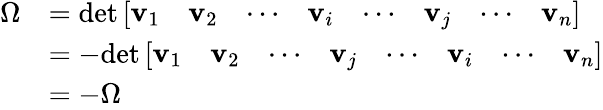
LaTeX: {\begin{array}{rl}{\Omega}&{=\operatorname*{det}{\left[\begin{array}{llllllll}{\mathbf{v}_{1}}&{\mathbf{v}_{2}}&{\cdots}&{\mathbf{v}_{i}}&{\cdots}&{\mathbf{v}_{j}}&{\cdots}&{\mathbf{v}_{n}}\end{array}\right]}}\\ &{=-\! \operatorname*{det}{\left[\begin{array}{llllllll}{\mathbf{v}_{1}}&{\mathbf{v}_{2}}&{\cdots}&{\mathbf{v}_{j}}&{\cdots}&{\mathbf{v}_{i}}&{\cdots}&{\mathbf{v}_{n}}\end{array}\right]}}\\ &{=-\Omega}\end{array}}